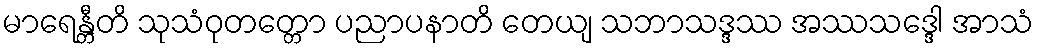
မာရေန္တီတိ သုသံဝုတတ္တော ပညာပနာတိ တေယျ သဘာသဒ္ဒဿ အဿသဒ္ဒေါ အာသံ